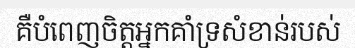
គឺបំពេញចិត្តអ្នកគាំទ្រសំខាន់របស់